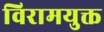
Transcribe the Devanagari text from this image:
विरामयुक्त